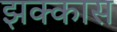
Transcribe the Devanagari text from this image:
झक्कास